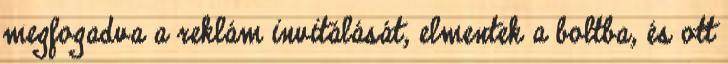
megfogadva a reklám invitálását, elmentek a boltba, és ott